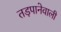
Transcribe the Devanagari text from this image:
तड़पानेवाली